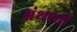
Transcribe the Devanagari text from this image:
अंथरतो